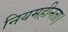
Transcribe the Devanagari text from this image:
नियमहीनता।